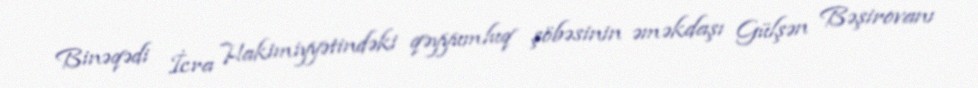
Binəqədi İcra Hakimiyyətindəki qəyyumluq şöbəsinin əməkdaşı Gülşən Bəşirovanı